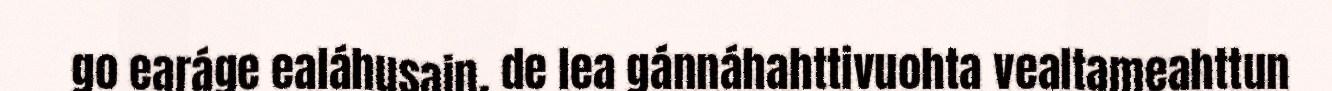
go earáge ealáhusain, de lea gánnáhahttivuohta vealtameahttun